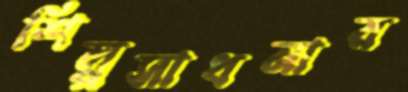
শিল্পসাধনার